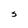
Character: 5